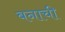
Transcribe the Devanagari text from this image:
बनाची